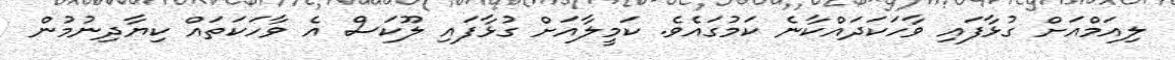
ލިއަމްއަށް ގުޅާފައި ވާހަކަދައްކާނެ ކަމުގައެވެ. ކަމީލާއަށް ގުޅާފައި ލޫކަސް އެ ވާހަކަތައް ކިޔާދިނުމުން